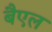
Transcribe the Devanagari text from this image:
बैएल